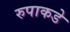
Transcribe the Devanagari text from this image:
रुपाकडे